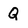
Character: Q